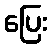
ပြေး